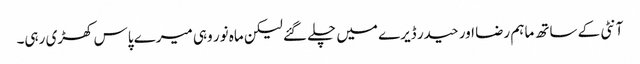
آنٹی کے ساتھ ماہم رضا اور حیدر ڈیرے میں چلے گئے لیکن ماہ نور وہی میرے پاس کھڑی رہی۔